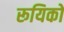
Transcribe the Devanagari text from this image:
रूयिको